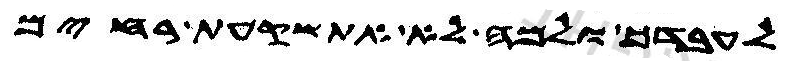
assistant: לעבדך ולמה לא אשקעת רחים